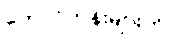
တောင်တန်းများကို